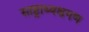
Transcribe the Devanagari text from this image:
साष्ट्राध्यक्षगण